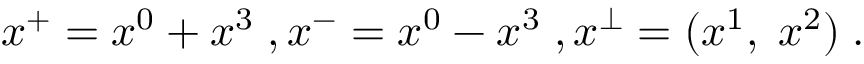
x ^ { + } = x ^ { 0 } + x ^ { 3 } \; , x ^ { - } = x ^ { 0 } - x ^ { 3 } \; , x ^ { \perp } = ( x ^ { 1 } , \; x ^ { 2 } ) \; .